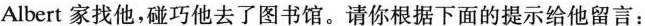
Albert家找他，碰巧他去了图书馆。请你根据下面的提示给他留言：